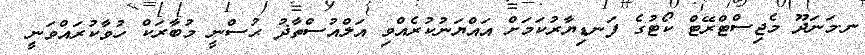
ނ.މަނަދޫ މެޖިސްޓްރޭޓް ކޯޓުގެ ފަނޑިޔާރުކަމަށް އައްޔަނުކުރެއްވި އަލްއުސްތާޛު ޙުސްނީ މުބާރަކް ހުވާކުރައްވަނީ